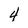
Character: 4